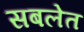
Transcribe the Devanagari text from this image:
सबलेत